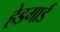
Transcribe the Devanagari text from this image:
हेडगार्ड